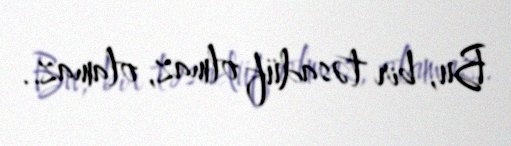
Bu, bir təsadüf olmaz, olamaz..